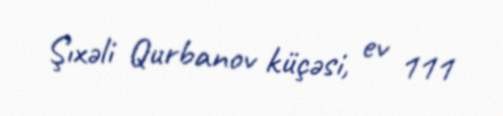
Şıxəli Qurbanov küçəsi, ev 111